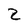
Character: Z